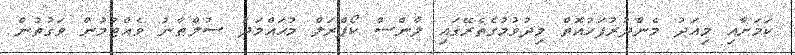
ކަމަށާއި މިއަދު މެންދުރުފަހުއޮތް މިދުވުމުގެތެރޭގައި ލާންސް ކޯޕްރަލް މުޙައްމަދު ސުލްޠާނު ވެއްޓުމުން ވަގުތުން